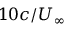
1 0 c / U _ { \infty }